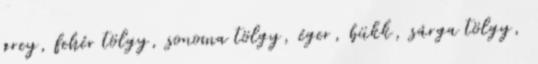
grey, fehér tölgy, sonoma tölgy, éger, bükk, sárga tölgy,